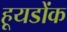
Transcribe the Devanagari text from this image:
हूयडोंक